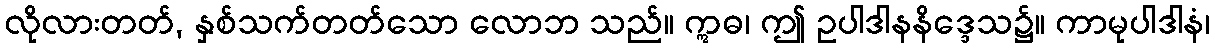
လိုလားတတ်, နှစ်သက်တတ်သော လောဘ သည်။ ဣဓ၊ ဤ ဥပါဒါနနိဒ္ဒေသ၌။ ကာမုပါဒါနံ၊